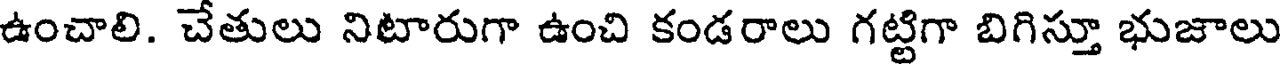
ఉంచాలి. చేతులు నిటారుగా ఉంచి కండరాలు గట్టిగా బిగిస్తూ భుజాలు